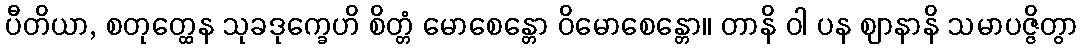
ပီတိယာ, စတုတ္ထေန သုခဒုက္ခေဟိ စိတ္တံ မောစေန္တော ဝိမောစေန္တော။ တာနိ ဝါ ပန ဈာနာနိ သမာပဇ္ဇိတွာ